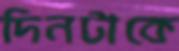
দিনটাকে